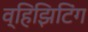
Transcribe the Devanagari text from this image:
व्हिझिटिंग